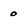
Character: o